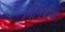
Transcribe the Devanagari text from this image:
निमिबीया